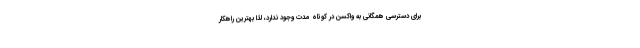
برای دسترسی همگانی به واکسن در کوتاه مدت وجود ندارد، لذا بهترین راهکار